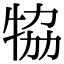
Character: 𤙒